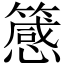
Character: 䉞